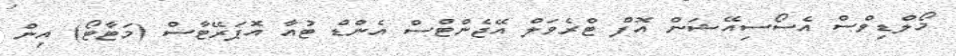
މޯލްޑިވްސް އެސޯސިއޭޝަން އޮފް ޓްރެވަލް އޭޖެންޓްސް އެންޑް ޓުއާ އޮޕަރޭޓާސް (މަޓާޓޯ) އިން